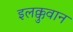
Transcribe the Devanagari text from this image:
इलक्कुवान